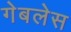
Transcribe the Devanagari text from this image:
गेबलेस